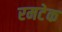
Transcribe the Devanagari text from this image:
रमटेक